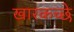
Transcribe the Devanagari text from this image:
खारकच्छे